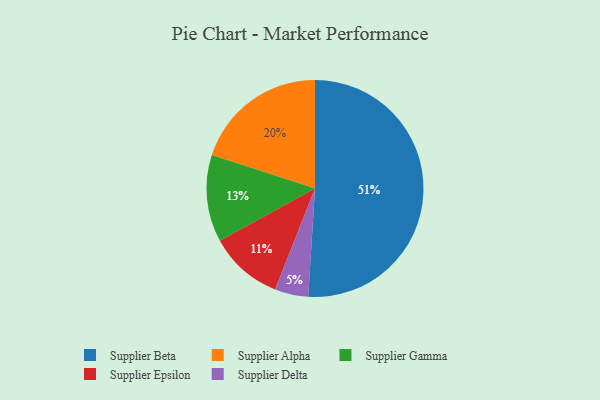
{"axis": {"x": "Category", "y": "Percentage"}, "legend": ["Supplier Alpha", "Supplier Beta", "Supplier Delta", "Supplier Epsilon", "Supplier Gamma"], "data": [{"x": "Supplier Delta", "y": 5, "type": "Supplier Delta"}, {"x": "Supplier Beta", "y": 51, "type": "Supplier Beta"}, {"x": "Supplier Gamma", "y": 13, "type": "Supplier Gamma"}, {"x": "Supplier Epsilon", "y": 11, "type": "Supplier Epsilon"}, {"x": "Supplier Alpha", "y": 20, "type": "Supplier Alpha"}]}